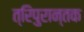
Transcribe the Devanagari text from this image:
त्रिपुरान्तक